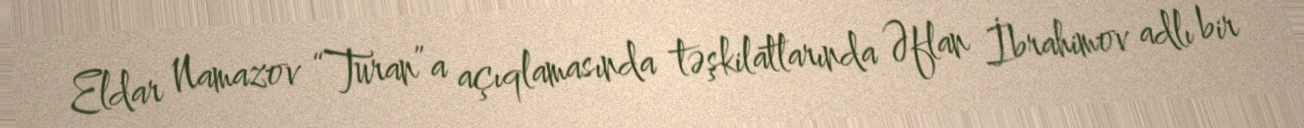
Eldar Namazov “Turan”a açıqlamasında təşkilatlarında Əflan İbrahimov adlı bir